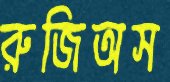
রুজিঅস